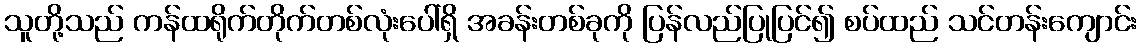
သူတို့သည် ကန်ထရိုက်တိုက်တစ်လုံးပေါ်ရှိ အခန်းတစ်ခုကို ပြန်လည်ပြုပြင်၍ စပ်ထည် သင်တန်းကျောင်း